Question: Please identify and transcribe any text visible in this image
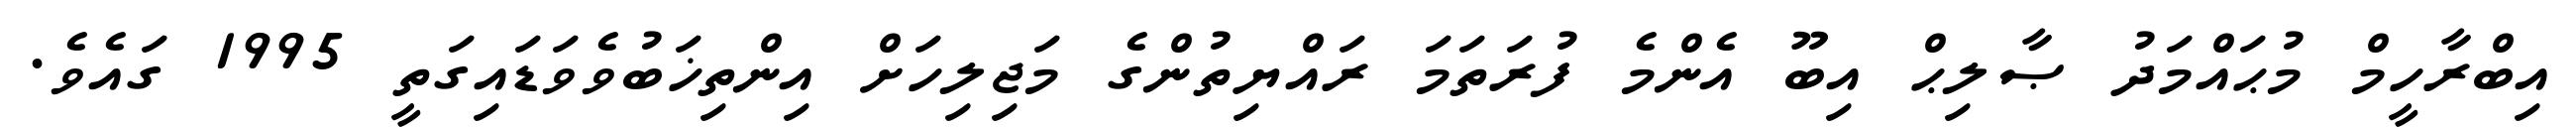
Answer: އިބްރާހީމް މުޙައްމަދު ޞާލިޙް އިބޫ އެންމެ ފުރަތަމަ ރައްޔިތުންގެ މަޖިލިހަށް އިންތިޚަބުވެވަޑައިގަތީ 1995 ގައެވެ.